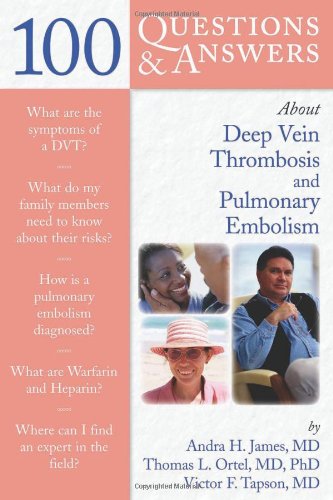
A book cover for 100 Questions  &  Answers About Deep Vein Thrombosis And Pulmonary Embolism; Andra H. James; Health, Fitness & Dieting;